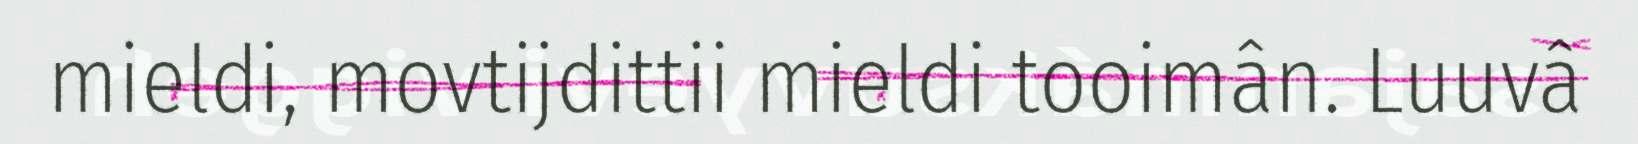
mieldi, movtijdittii mieldi tooimân. Luuvâ